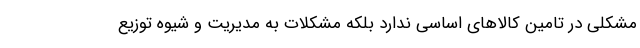
مشکلی در تامین کالاهای اساسی ندارد بلکه مشکلات به مدیریت و شیوه توزیع